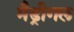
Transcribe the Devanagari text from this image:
मैड्रीगल